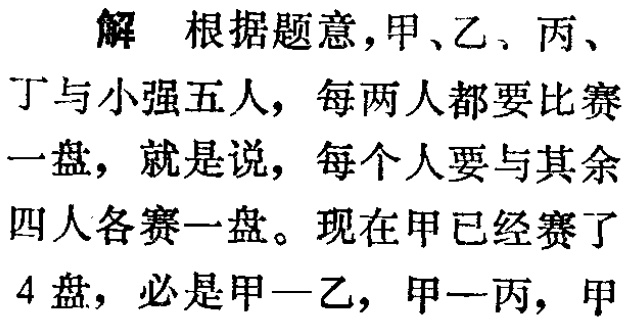
解 根据题意,甲、乙、丙、丁与小强五人, 每两人都要比赛一盘, 就是说, 每个人要与其余四人各赛一盘。现在甲已经赛了4盘, 必是甲—乙, 甲—丙, 甲